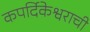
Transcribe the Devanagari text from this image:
कपर्दिकेश्वराची